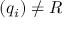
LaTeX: ( q _ { i } ) \neq R